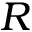
R